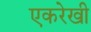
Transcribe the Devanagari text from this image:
एकरेखी